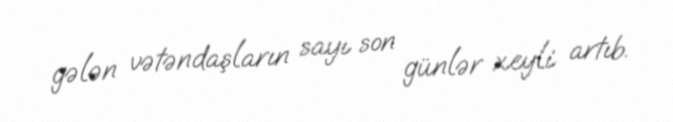
gələn vətəndaşların sayı son günlər xeyli artıb.